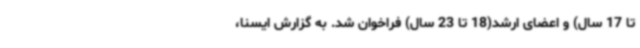
تا 17 سال) و اعضای ارشد(18 تا 23 سال) فراخوان شد. به گزارش ایسنا،